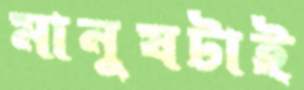
মানুষটাই